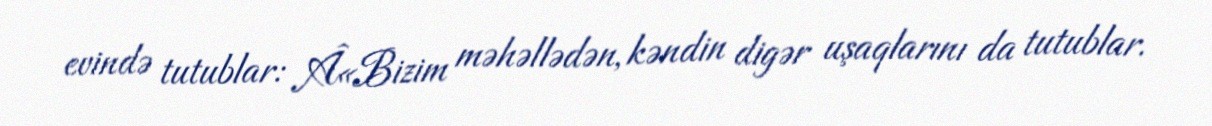
evində tutublar: Â«Bizim məhəllədən, kəndin digər uşaqlarını da tutublar.